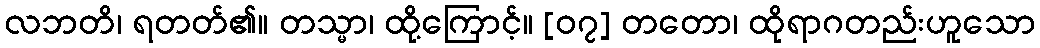
လဘတိ၊ ရတတ်၏။ တသ္မာ၊ ထို့ကြောင့်။ [၀၇] တတော၊ ထိုရာဂတည်းဟူသော